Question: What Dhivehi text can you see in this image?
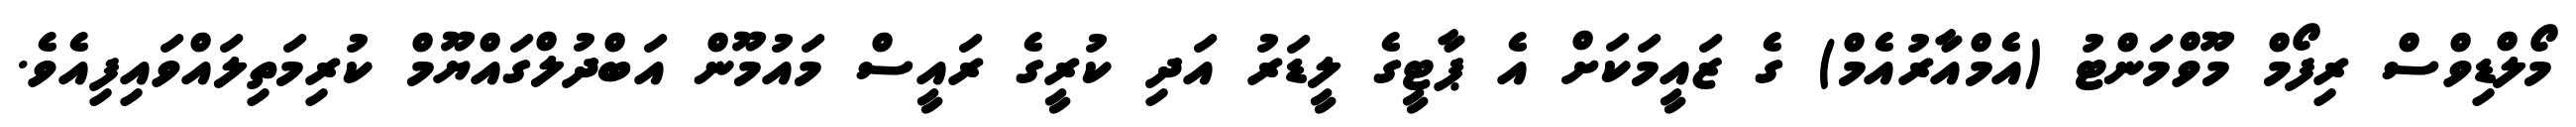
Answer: މޯލްޑިވްސް ރިފޯމް މޫވްމަންޓު (އެމްއާރުއެމް) ގެ ޒައީމަކަށް އެ ޕާޓީގެ ލީޑަރު އަދި ކުރީގެ ރައީސް މައުމޫން އަބްދުލްގައްޔޫމް ކުރިމަތިލައްވައިފިއެވެ.